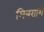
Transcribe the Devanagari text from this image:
मित्रराशि